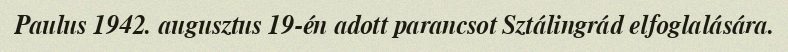
Paulus 1942. augusztus 19-én adott parancsot Sztálingrád elfoglalására.